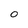
Character: 0